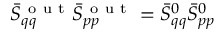
\bar { S } _ { q q } ^ { \mathrm { ~ o ~ u ~ t ~ } } \bar { S } _ { p p } ^ { \mathrm { ~ o ~ u ~ t ~ } } = \bar { S } _ { q q } ^ { 0 } \bar { S } _ { p p } ^ { 0 }